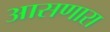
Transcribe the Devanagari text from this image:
आसणारा